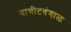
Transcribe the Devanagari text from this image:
वायीटवंगाळ